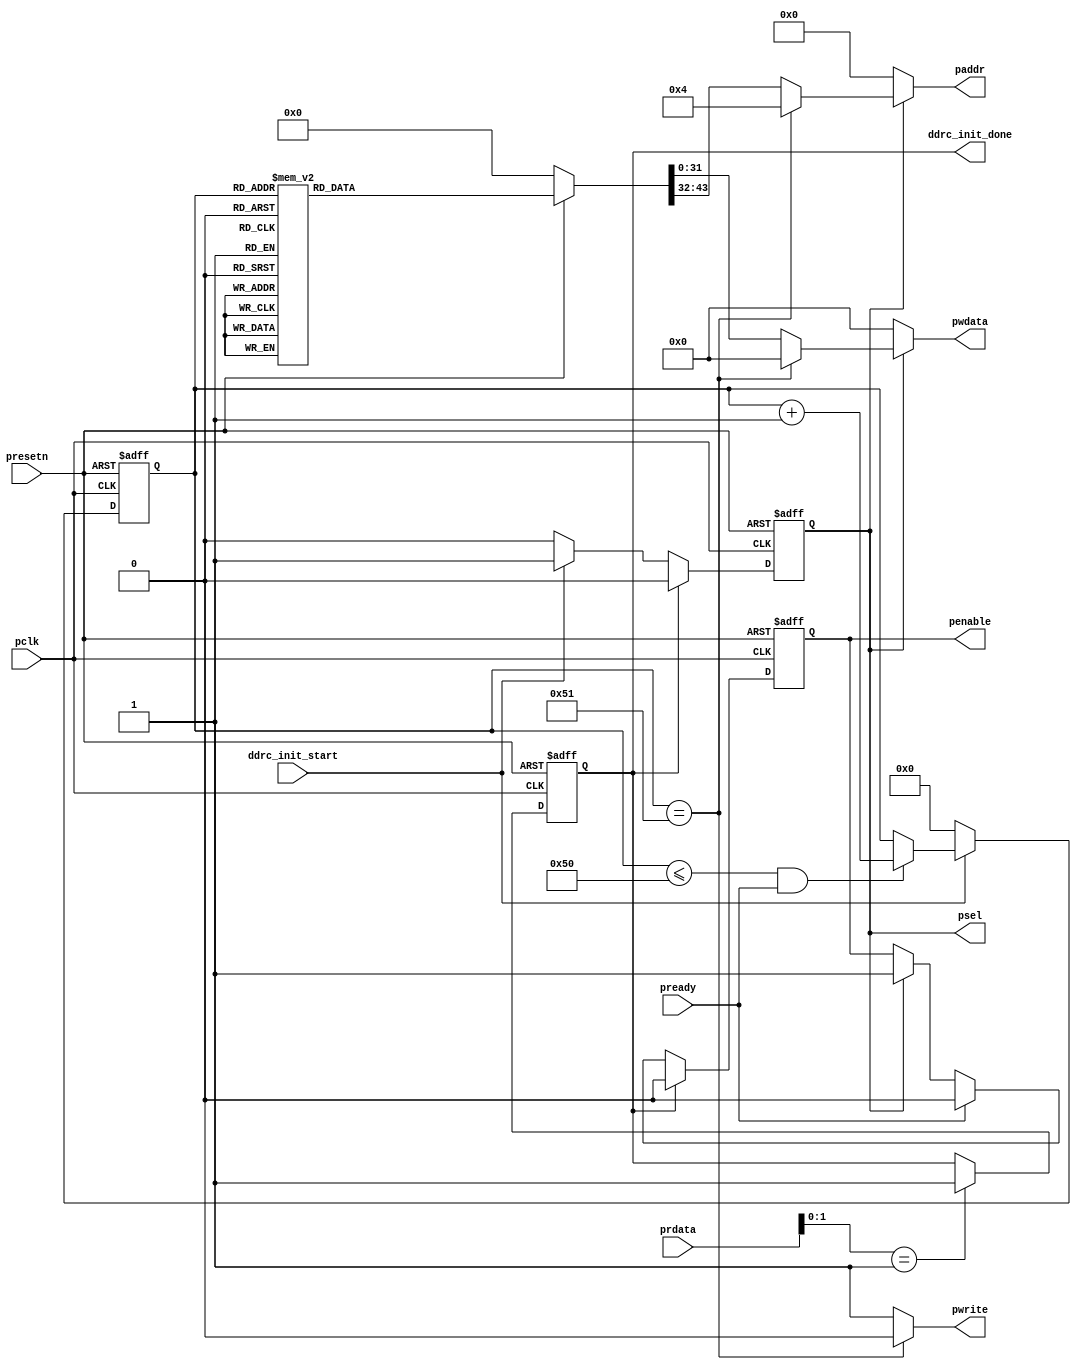
module ipsl_ddrc_apb_reset #(
    parameter     [9:0]            TRFC_MIN                  = 10'h8c,
    parameter     [11:0]           TREFI                     = 12'h62,
    parameter     [5:0]            T_MRD                     = 6'h0,
    parameter     [9:0]            T_MOD                     = 10'h0,    
    parameter                      DDR_TYPE                  = "DDR3",
    parameter     [15:0]           MR                        = 16'h1108,
    parameter     [15:0]           EMR                       = 16'h0001,
    parameter     [15:0]           EMR2                      = 16'h0000,
    parameter     [15:0]           EMR3                      = 16'h0000,
    parameter     [6:0]            WR2PRE                    = 7'hf,
    parameter     [5:0]            T_FAW                     = 6'h10,
    parameter     [6:0]            T_RAS_MAX                 = 7'h1b,
    parameter     [5:0]            T_RAS_MIN                 = 6'hf,
    parameter     [4:0]            T_XP                      = 5'h8,
    parameter     [5:0]            RD2PRE                    = 6'h4,
    parameter     [6:0]            T_RC                      = 7'h14,
    parameter     [5:0]            WL                        = 6'h3,
    parameter     [5:0]            RL                        = 6'h5,
    parameter     [5:0]            RD2WR                     = 6'h6,
    parameter     [5:0]            WR2RD                     = 6'hd,
    parameter     [4:0]            T_RCD                     = 5'h5,
    parameter     [3:0]            T_CCD                     = 4'h4,
    parameter     [3:0]            T_RRD                     = 4'h4,
    parameter     [4:0]            T_RP                      = 5'h5,
    parameter     [3:0]            T_CKSRX                   = 4'h5,
    parameter     [3:0]            T_CKSRE                   = 4'h5,
    parameter     [5:0]            T_CKESR                   = 6'h4,
    parameter     [4:0]            T_CKE                     = 5'h3,
    parameter     [6:0]            DFI_T_RDDATA_EN           = 7'h2,
    parameter     [5:0]            DFI_TPHY_WRLAT            = 6'h2,
    parameter     [1:0]            DATA_BUS_WIDTH            = 2'b00,
    parameter                      ADDRESS_MAPPING_SEL       = 0,
    parameter                      MEM_ROW_ADDRESS           = 14,
    parameter                      MEM_COLUMN_ADDRESS        = 10,
    parameter                      MEM_BANK_ADDRESS          = 3
    
)
( 
   input               presetn,
   input               pclk,
   output   [31:0]     pwdata,
   output              pwrite,
   output  reg         penable,
   output  reg         psel,
   output   [11:0]     paddr,
   input    [31:0]     prdata,
   input               pready,
   input               ddrc_init_start,
   output  reg         ddrc_init_done
   );

parameter [7:0] addrmap_bank_b0 = (ADDRESS_MAPPING_SEL == 0) ? (MEM_COLUMN_ADDRESS - 2) : (MEM_COLUMN_ADDRESS + MEM_ROW_ADDRESS - 2);
parameter [7:0] addrmap_bank_b1 =  addrmap_bank_b0;
parameter [7:0] addrmap_bank_b2 =  (MEM_BANK_ADDRESS == 3) ? addrmap_bank_b0 : 7'h1f;                                 
parameter [7:0] addrmap_col_b2 = 7'h0;
parameter [7:0] addrmap_col_b3 = 7'h0;
parameter [7:0] addrmap_col_b4 = 7'h0;
parameter [7:0] addrmap_col_b5 = 7'h0;
parameter [7:0] addrmap_col_b6 = 7'h0;
parameter [7:0] addrmap_col_b7 = 7'h0;
parameter [7:0] addrmap_col_b8 = (MEM_COLUMN_ADDRESS > 8) ? 7'h0 : 7'h1f;
parameter [7:0] addrmap_col_b9 = (MEM_COLUMN_ADDRESS > 9) ? 7'h0 : 7'h1f;
parameter [7:0] addrmap_col_b10 = (MEM_COLUMN_ADDRESS > 10) ? 7'h0 : 7'h1f;
parameter [7:0] addrmap_col_b11 = (MEM_COLUMN_ADDRESS > 11) ? 7'h0 : 7'h1f;
parameter [7:0] addrmap_row_b0 = (ADDRESS_MAPPING_SEL == 0) ? (MEM_COLUMN_ADDRESS + MEM_BANK_ADDRESS - 6) : (MEM_COLUMN_ADDRESS - 6);
parameter [7:0] addrmap_row_b1 = addrmap_row_b0;
parameter [7:0] addrmap_row_b2 = addrmap_row_b0;
parameter [7:0] addrmap_row_b3 = addrmap_row_b0;
parameter [7:0] addrmap_row_b4 = addrmap_row_b0;
parameter [7:0] addrmap_row_b5 = addrmap_row_b0;
parameter [7:0] addrmap_row_b6 = addrmap_row_b0;
parameter [7:0] addrmap_row_b7 = addrmap_row_b0;
parameter [7:0] addrmap_row_b8 = addrmap_row_b0;
parameter [7:0] addrmap_row_b9 = addrmap_row_b0;
parameter [7:0] addrmap_row_b10 = addrmap_row_b0;
parameter [7:0] addrmap_row_b11 = addrmap_row_b0;
parameter [7:0] addrmap_row_b12 = (MEM_ROW_ADDRESS > 12) ? addrmap_row_b0 : 7'h1f;
parameter [7:0] addrmap_row_b13 = (MEM_ROW_ADDRESS > 13) ? addrmap_row_b0 : 7'h1f;
parameter [7:0] addrmap_row_b14 = (MEM_ROW_ADDRESS > 14) ? addrmap_row_b0 : 7'h1f;
parameter [7:0] addrmap_row_b15 = (MEM_ROW_ADDRESS > 15) ? addrmap_row_b0 : 7'h1f;

 reg [43:0]      data;
 reg [6:0]       cnt;
always @(posedge pclk or negedge presetn)
        if(!presetn)
           psel<=1'b0;
        else if(ddrc_init_done)
             psel<=1'b0;
        else if(ddrc_init_start)
             psel<=1'b1;
        else
            psel<=1'b0;

assign pwrite=(cnt==7'h51)?1'b0:1'b1; 

always @(posedge pclk or negedge presetn)
        if(!presetn)
           penable<=1'b0;
        else if(ddrc_init_done) 
           penable<=1'b0;
        else if(pready)
           penable<=1'b0;  
        else if(psel)
           penable<=1'b1;  


generate
if (DDR_TYPE == "DDR3") begin
always @(*)
        if(!presetn)
            data<=44'h0;
         else 
             begin
               case(cnt)
                 7'h0 :data<={12'h0,16'h4,2'b00,DATA_BUS_WIDTH,12'h201};
                 7'h1 :data<={12'h10,32'h10};
                 7'h2 :data<={12'h14,32'h3aed};
                 7'h3 :data<={12'h30,32'h4};
                 7'h4 :data<={12'h34,32'h5_0000};
                 7'h5 :data<={12'h38,32'h2};
                 7'h6 :data<={12'h50,32'hf0_e030};
                 7'h7 :data<={12'h60,32'h0};
                 7'h8 :data<={12'h64,4'h0,TREFI,6'h0,TRFC_MIN};
                 7'h9 :data<={12'hc0,32'h0};
                 7'ha :data<={12'hd0,32'h4007_0002};
                 7'hb :data<={12'hd4,32'h4_0006};
                 7'hc :data<={12'hdc,MR,EMR};
                 7'hd :data<={12'he0,EMR2,EMR3};
                 7'he :data<={12'he4,32'h9_0000};
                 7'hf :data<={12'hf0,32'h0};
                 7'h10 :data<={12'h100,1'b0,WR2PRE,2'h0,T_FAW,1'b0,T_RAS_MAX,2'b00,T_RAS_MIN};
                 7'h11 :data<={12'h104,11'h0,T_XP,2'b00,RD2PRE,1'b0,T_RC};
                 7'h12 :data<={12'h108,2'b00,WL,2'b00,RL,2'b00,RD2WR,2'b00,WR2RD};
                 7'h13 :data<={12'h10c,14'h0,T_MRD,2'b0,T_MOD};
                 7'h14 :data<={12'h110,3'b000,T_RCD,4'h0,T_CCD,4'h0,T_RRD,3'h0,T_RP};
                 7'h15 :data<={12'h114,4'h0,T_CKSRX,4'h0,T_CKSRE,2'h0,T_CKESR,3'h0,T_CKE};
                 7'h16 :data<={12'h118,32'hb0b_0007};
                 7'h17 :data<={12'h11c,32'h604};
                 7'h18 :data<={12'h120,32'h4703};
                 7'h19 :data<={12'h138,32'h0};
                 7'h1a :data<={12'h13c,32'h0};
                 7'h1b :data<={12'h180,32'h80_0020};
                 7'h1c :data<={12'h184,32'h70};
                 7'h1d :data<={12'h190,9'b010000000,DFI_T_RDDATA_EN,1'b1,9'h0,DFI_TPHY_WRLAT};
                 7'h1e :data<={12'h194,32'h5_0505};
                 7'h1f :data<={12'h198,32'h790_3020};
                 7'h20 :data<={12'h1a0,32'hc3ff_0005};
                 7'h21 :data<={12'h1a4,32'h1a_0037};
                 7'h22 :data<={12'h1a8,32'h8000_0000};
                 7'h23 :data<={12'h1b0,32'h1};
                 7'h24 :data<={12'h1c4,32'h0};
                 7'h25 :data<={12'h204,8'h0,addrmap_bank_b2,addrmap_bank_b1,addrmap_bank_b0};
                 7'h26 :data<={12'h208,addrmap_col_b5,addrmap_col_b4,addrmap_col_b3,addrmap_col_b2};
                 7'h27 :data<={12'h20c,addrmap_col_b9,addrmap_col_b8,addrmap_col_b7,addrmap_col_b6};
                 7'h28 :data<={12'h210,16'h0,addrmap_col_b11,addrmap_col_b10};
                 7'h29 :data<={12'h214,addrmap_row_b11,8'hf,addrmap_row_b1,addrmap_row_b0};
                 7'h2a :data<={12'h218,addrmap_row_b15,addrmap_row_b14,addrmap_row_b13,addrmap_row_b12};
                 7'h2b :data<={12'h21c,32'h0f0f};
                 7'h2c :data<={12'h224,addrmap_row_b5,addrmap_row_b4,addrmap_row_b3,addrmap_row_b2};
                 7'h2d :data<={12'h228,addrmap_row_b9,addrmap_row_b8,addrmap_row_b7,addrmap_row_b6};
                 7'h2e :data<={12'h22c,24'h0,addrmap_row_b10};
                 7'h2f :data<={12'h240,32'h600_0500};
                 7'h30 :data<={12'h244,32'h1};
                 7'h31 :data<={12'h250,32'h3921_0b05};
                 7'h32 :data<={12'h254,32'h30};
                 7'h33 :data<={12'h25c,32'hbe00_4133};
                 7'h34 :data<={12'h264,32'hc900_6465};
                 7'h35 :data<={12'h26c,32'h2000_193f};
                 7'h36 :data<={12'h300,32'h1};
                 7'h37 :data<={12'h304,32'h0};
                 7'h38 :data<={12'h30c,32'h0};
                 7'h39 :data<={12'h320,32'h1};
                 7'h3a :data<={12'h36c,32'h0};
                 7'h3b :data<={12'h400,32'h1};
                 7'h3c :data<={12'h404,32'h4062};
                 7'h3d :data<={12'h408,32'h332f};
                 7'h3e :data<={12'h490,32'h1};
                 7'h3f :data<={12'h494,32'h5};
                 7'h40 :data<={12'h498,32'ha9_053a};
                 7'h41 :data<={12'h49c,32'h11_0003};
                 7'h42 :data<={12'h4a0,32'h678};
                 7'h43 :data<={12'h4b4,32'h51ad};
                 7'h44 :data<={12'h4b8,32'h281};
                 7'h45 :data<={12'h540,32'h1};
                 7'h46 :data<={12'h544,32'h21_0007};
                 7'h47 :data<={12'h548,32'h305_003c};
                 7'h48 :data<={12'h54c,32'h10_0001};
                 7'h49 :data<={12'h550,32'h18f};
                 7'h4a :data<={12'h564,32'h60b3};
                 7'h4b :data<={12'h568,32'h162};
                 7'h4c :data<={12'h5f0,32'h1};
                 7'h4d :data<={12'h5f4,32'h1_0003};
                 7'h4e :data<={12'h5f8,32'h21_0117};
                 7'h4f :data<={12'h5fc,32'h10_0002};
                 7'h50 :data<={12'h600,32'h46c};
                 default: data<={12'h0,32'h4_0201};
               endcase
             end
end 
else if(DDR_TYPE == "DDR2") begin
always @(*)
        if(!presetn)
            data<=44'h0;
         else 
             begin
               case(cnt)
                 7'h0 :data<={12'h0,16'h4,2'b00,DATA_BUS_WIDTH,12'h000};
                 7'h1 :data<={12'h10,32'h7010};
                 7'h2 :data<={12'h14,32'hb640};
                 7'h3 :data<={12'h30,32'h4};
                 7'h4 :data<={12'h34,32'h24_0001};
                 7'h5 :data<={12'h38,32'h2};
                 7'h6 :data<={12'h50,32'hf0_e030};
                 7'h7 :data<={12'h60,32'h0};
                 7'h8 :data<={12'h64,4'h0,TREFI,6'h0,TRFC_MIN};
                 7'h9 :data<={12'hc0,32'h0};
                 7'ha :data<={12'hd0,32'h4002_0001};
                 7'hb :data<={12'hd4,32'h4_0006};
                 7'hc :data<={12'hdc,MR,EMR};
                 7'hd :data<={12'he0,EMR2,EMR3};
                 7'he :data<={12'he4,32'h9_0000};
                 7'hf :data<={12'hf0,32'h0};
                 7'h10 :data<={12'h100,1'b0,WR2PRE,2'h0,T_FAW,1'b0,T_RAS_MAX,2'b00,T_RAS_MIN};
                 7'h11 :data<={12'h104,11'h0,T_XP,2'b00,RD2PRE,1'b0,T_RC};
                 7'h12 :data<={12'h108,2'b00,WL,2'b00,RL,2'b00,RD2WR,2'b00,WR2RD};
                 7'h13 :data<={12'h10c,14'h0,T_MRD,2'b0,T_MOD};
                 7'h14 :data<={12'h110,3'b000,T_RCD,4'h0,T_CCD,4'h0,T_RRD,3'h0,T_RP};
                 7'h15 :data<={12'h114,4'h0,T_CKSRX,4'h0,T_CKSRE,2'h0,T_CKESR,3'h0,T_CKE};
                 7'h16 :data<={12'h118,32'hb0b_0007};
                 7'h17 :data<={12'h11c,32'h604};
                 7'h18 :data<={12'h120,32'h4703};
                 7'h19 :data<={12'h138,32'h596};
                 7'h1a :data<={12'h13c,32'h0};
                 7'h1b :data<={12'h180,32'h80_0020};
                 7'h1c :data<={12'h184,32'h70};
                 7'h1d :data<={12'h190,9'b010000000,DFI_T_RDDATA_EN,1'b1,9'h0,DFI_TPHY_WRLAT};
                 7'h1e :data<={12'h194,32'h5_0505};
                 7'h1f :data<={12'h198,32'h790_3020};
                 7'h20 :data<={12'h1a0,32'hc3ff_0005};
                 7'h21 :data<={12'h1a4,32'h1a_0037};
                 7'h22 :data<={12'h1a8,32'h8000_0000};
                 7'h23 :data<={12'h1b0,32'h1};
                 7'h24 :data<={12'h1c4,32'h0};
                 7'h25 :data<={12'h204,8'h0,addrmap_bank_b2,addrmap_bank_b1,addrmap_bank_b0};
                 7'h26 :data<={12'h208,addrmap_col_b5,addrmap_col_b4,addrmap_col_b3,addrmap_col_b2};
                 7'h27 :data<={12'h20c,addrmap_col_b9,addrmap_col_b8,addrmap_col_b7,addrmap_col_b6};
                 7'h28 :data<={12'h210,16'h0,addrmap_col_b11,addrmap_col_b10};
                 7'h29 :data<={12'h214,addrmap_row_b11,8'hf,addrmap_row_b1,addrmap_row_b0};
                 7'h2a :data<={12'h218,addrmap_row_b15,addrmap_row_b14,addrmap_row_b13,addrmap_row_b12};
                 7'h2b :data<={12'h21c,32'h0f0f};
                 7'h2c :data<={12'h224,addrmap_row_b5,addrmap_row_b4,addrmap_row_b3,addrmap_row_b2};
                 7'h2d :data<={12'h228,addrmap_row_b9,addrmap_row_b8,addrmap_row_b7,addrmap_row_b6};
                 7'h2e :data<={12'h22c,24'h0,addrmap_row_b10};
                 7'h2f :data<={12'h240,32'ha00_0600};
                 7'h30 :data<={12'h244,32'h1};
                 7'h31 :data<={12'h250,32'h3921_0805};
                 7'h32 :data<={12'h254,32'h30};
                 7'h33 :data<={12'h25c,32'hbe00_4133};
                 7'h34 :data<={12'h264,32'hc900_6465};
                 7'h35 :data<={12'h26c,32'h2000_193f};
                 7'h36 :data<={12'h300,32'h1};
                 7'h37 :data<={12'h304,32'h0};
                 7'h38 :data<={12'h30c,32'h0};
                 7'h39 :data<={12'h320,32'h1};
                 7'h3a :data<={12'h36c,32'h0001_0001};
                 7'h3b :data<={12'h400,32'h1};
                 7'h3c :data<={12'h404,32'h31b3};
                 7'h3d :data<={12'h408,32'h3050}; 
                 7'h3e :data<={12'h490,32'h1};
                 7'h3f :data<={12'h494,32'h0002_0007};
                 7'h40 :data<={12'h498,32'h0000_0064};
                 7'h41 :data<={12'h49c,32'h0010_0007};
                 7'h42 :data<={12'h4a0,32'h0000_0000};
                 7'h43 :data<={12'h4b4,32'h30ad};
                 7'h44 :data<={12'h4b8,32'h3050};
                 7'h45 :data<={12'h540,32'h1};
                 7'h46 :data<={12'h544,32'h0002_0007};
                 7'h47 :data<={12'h548,32'h0000_0064};
                 7'h48 :data<={12'h54c,32'h0010_0007};
                 7'h49 :data<={12'h550,32'h0000_0064};
                 7'h4a :data<={12'h564,32'h3062};
                 7'h4b :data<={12'h568,32'h3050};
                 7'h4c :data<={12'h5f0,32'h1};
                 7'h4d :data<={12'h5f4,32'h0002_0007};
                 7'h4e :data<={12'h5f8,32'h0000_0064};
                 7'h4f :data<={12'h5fc,32'h0010_0007};
                 7'h50 :data<={12'h600,32'h0000_0064};
                 default: data<={12'h0,32'h4_0201};
               endcase
             end    
end
else if(DDR_TYPE == "LPDDR") begin  
always @(*)
        if(!presetn)
            data<=44'h0;
         else 
             begin
               case(cnt)
                 7'h0 :data<={12'h0,16'h4,2'b00,DATA_BUS_WIDTH,10'h0,2'b10};
                 7'h1 :data<={12'h10,32'hb010};
                 7'h2 :data<={12'h14,32'h90f9};
                 7'h3 :data<={12'h30,32'ha};
                 7'h4 :data<={12'h34,32'h7_0003};
                 7'h5 :data<={12'h38,32'h4f_0002};
                 7'h6 :data<={12'h50,32'hf0_3040};
                 7'h7 :data<={12'h60,32'h0};
                 7'h8 :data<={12'h64,4'h0,TREFI,6'h0,TRFC_MIN};
                 7'h9 :data<={12'hc0,32'h0};
                 7'ha :data<={12'hd0,32'h4003_0001};
                 7'hb :data<={12'hd4,32'h1_0009};
                 7'hc :data<={12'hdc,MR,EMR};
                 7'hd :data<={12'he0,EMR2,EMR3};
                 7'he :data<={12'he4,32'h1_0000};
                 7'hf :data<={12'hf0,32'h0};
                 7'h10 :data<={12'h100,1'b0,WR2PRE,2'h0,T_FAW,1'b0,T_RAS_MAX,2'b00,T_RAS_MIN};
                 7'h11 :data<={12'h104,11'h0,T_XP,2'b00,RD2PRE,1'b0,T_RC};
                 7'h12 :data<={12'h108,2'b00,WL,2'b00,RL,2'b00,RD2WR,2'b00,WR2RD};
                 7'h13 :data<={12'h10c,14'h0,T_MRD,2'b0,T_MOD};
                 7'h14 :data<={12'h110,3'b000,T_RCD,4'h0,T_CCD,4'h0,T_RRD,3'h0,T_RP};
                 7'h15 :data<={12'h114,4'h0,T_CKSRX,4'h0,T_CKSRE,2'h0,T_CKESR,3'h0,T_CKE};
                 7'h16 :data<={12'h118,32'hb04_0001};
                 7'h17 :data<={12'h11c,32'hf01};
                 7'h18 :data<={12'h120,32'h101};
                 7'h19 :data<={12'h138,32'h14};
                 7'h1a :data<={12'h13c,32'h0};
                 7'h1b :data<={12'h180,32'h0};
                 7'h1c :data<={12'h184,32'h70};
                 7'h1d :data<={12'h190,9'b010000000,DFI_T_RDDATA_EN,1'b1,9'h0,DFI_TPHY_WRLAT};
                 7'h1e :data<={12'h194,32'h7_0505};
                 7'h1f :data<={12'h198,32'h750_9000};
                 7'h20 :data<={12'h1a0,32'he3ff_0005};
                 7'h21 :data<={12'h1a4,32'h6c_0079};
                 7'h22 :data<={12'h1a8,32'h8000_0000};
                 7'h23 :data<={12'h1b0,32'h1};
                 7'h24 :data<={12'h1c4,32'h0};
                 7'h25 :data<={12'h204,8'h0,addrmap_bank_b2,addrmap_bank_b1,addrmap_bank_b0};
                 7'h26 :data<={12'h208,addrmap_col_b5,addrmap_col_b4,addrmap_col_b3,addrmap_col_b2};
                 7'h27 :data<={12'h20c,addrmap_col_b9,addrmap_col_b8,addrmap_col_b7,addrmap_col_b6};
                 7'h28 :data<={12'h210,16'h0,addrmap_col_b11,addrmap_col_b10};
                 7'h29 :data<={12'h214,addrmap_row_b11,8'hf,addrmap_row_b1,addrmap_row_b0};
                 7'h2a :data<={12'h218,addrmap_row_b15,addrmap_row_b14,addrmap_row_b13,addrmap_row_b12};
                 7'h2b :data<={12'h21c,32'h0f0f};
                 7'h2c :data<={12'h224,addrmap_row_b5,addrmap_row_b4,addrmap_row_b3,addrmap_row_b2};
                 7'h2d :data<={12'h228,addrmap_row_b9,addrmap_row_b8,addrmap_row_b7,addrmap_row_b6};
                 7'h2e :data<={12'h22c,24'h0,addrmap_row_b10};
                 7'h2f :data<={12'h240,32'h813_035c};
                 7'h30 :data<={12'h244,32'h1};
                 7'h31 :data<={12'h250,32'h20b3_0b05};
                 7'h32 :data<={12'h254,32'h6};
                 7'h33 :data<={12'h25c,32'hcd00_90e2};
                 7'h34 :data<={12'h264,32'hb600_79ca};
                 7'h35 :data<={12'h26c,32'h5208};
                 7'h36 :data<={12'h300,32'h1};
                 7'h37 :data<={12'h304,32'h0};
                 7'h38 :data<={12'h30c,32'h0};
                 7'h39 :data<={12'h320,32'h1};
                 7'h3a :data<={12'h36c,32'h11_0000};
                 7'h3b :data<={12'h400,32'h1};
                 7'h3c :data<={12'h404,32'h31b3};
                 7'h3d :data<={12'h408,32'h3050}; 
                 7'h3e :data<={12'h490,32'h1};
                 7'h3f :data<={12'h494,32'h0002_0007};
                 7'h40 :data<={12'h498,32'h0000_0064};
                 7'h41 :data<={12'h49c,32'h0010_0007};
                 7'h42 :data<={12'h4a0,32'h0000_0000};
                 7'h43 :data<={12'h4b4,32'h30ad};
                 7'h44 :data<={12'h4b8,32'h3050};
                 7'h45 :data<={12'h540,32'h1};
                 7'h46 :data<={12'h544,32'h0002_0007};
                 7'h47 :data<={12'h548,32'h0000_0064};
                 7'h48 :data<={12'h54c,32'h0010_0007};
                 7'h49 :data<={12'h550,32'h0000_0064};
                 7'h4a :data<={12'h564,32'h3062};
                 7'h4b :data<={12'h568,32'h3050};
                 7'h4c :data<={12'h5f0,32'h1};
                 7'h4d :data<={12'h5f4,32'h0002_0007};
                 7'h4e :data<={12'h5f8,32'h0000_0064};
                 7'h4f :data<={12'h5fc,32'h0010_0007};
                 7'h50 :data<={12'h600,32'h0000_0064};
                 default: data<={12'h0,32'h4_0201};
               endcase
             end
end
endgenerate                          
             
always @(posedge pclk or negedge presetn)
        if(!presetn)
           cnt<=7'h0;
        else if(ddrc_init_start)
           begin
              if((cnt<=7'h50)&pready)
                cnt<=cnt+7'h1;
           end
        else
          cnt<=7'h0; 

assign pwdata=psel?(pwrite?data[31:0]:32'h0):32'h0;
assign paddr=psel?(pwrite?data[43:32]:12'h4):12'h0;
always @(posedge pclk or negedge presetn)
        if(!presetn)
          ddrc_init_done<=1'b0;
        else if(prdata[1:0]==2'b01)
          ddrc_init_done<=1'b1;

endmodule